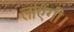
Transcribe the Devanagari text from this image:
लाएंगी।